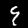
Digit: 9